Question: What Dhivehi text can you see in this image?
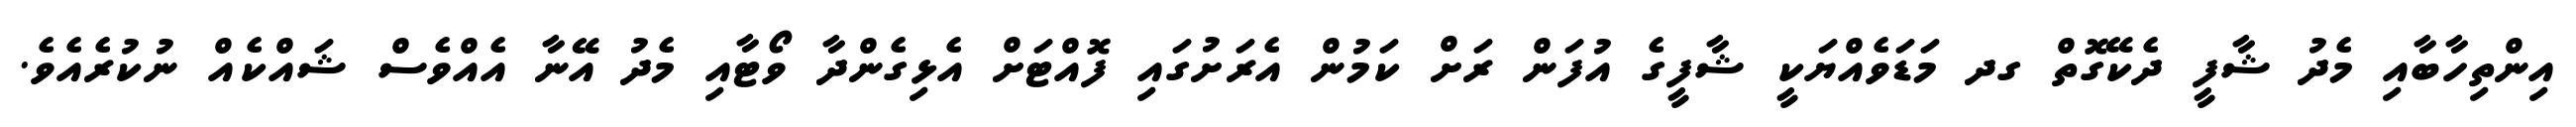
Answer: އިންތިހާބާއި މެދު ޝާފީ ދެކޭގޮތް ގދ މަޑަވެއްޔަކީ ޝާފީގެ އުފަން ރަށް ކަމުން އެރަށުގައި ފޮއްޓަށް އެޅިގެންދާ ވޯޓާއި މެދު އޭނާ އެއްވެސް ޝައްކެއް ނުކުރެއެވެ.